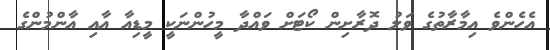
އެހެންވެ އިމާރާތުގެ ވަލު ދޮރާށިން ކޯޓަށް ވައްދާ މީހުންނަކީ މީޑިއާ އާއި އާންމުންގެ